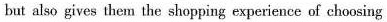
but also gives them the shopping experience of choosing